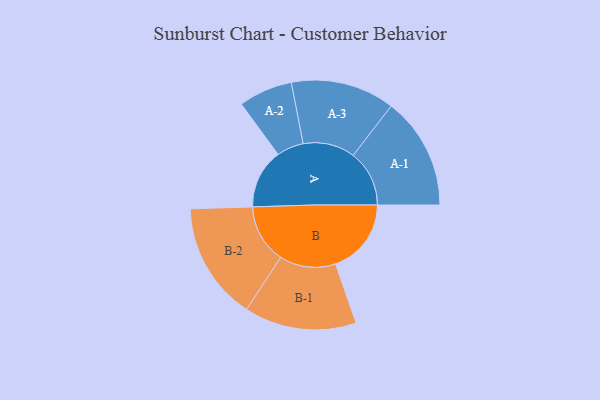
{"axis": {"x": "Segment", "y": "Value"}, "legend": ["", "A", "B"], "data": [{"x": "A", "y": 300, "type": ""}, {"x": "B", "y": 382, "type": ""}, {"x": "A-1", "y": 283, "type": "A"}, {"x": "A-2", "y": 136, "type": "A"}, {"x": "A-3", "y": 262, "type": "A"}, {"x": "B-1", "y": 283, "type": "B"}, {"x": "B-2", "y": 297, "type": "B"}]}